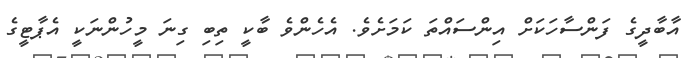
އާބާދީގެ ފަންސާހަކަށް އިންސައްތަ ކަމަށެވެ. އެހެންވެ ބާކީ ތިބި ގިނަ މީހުންނަކީ އެޕާޓީގެ